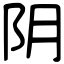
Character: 阴